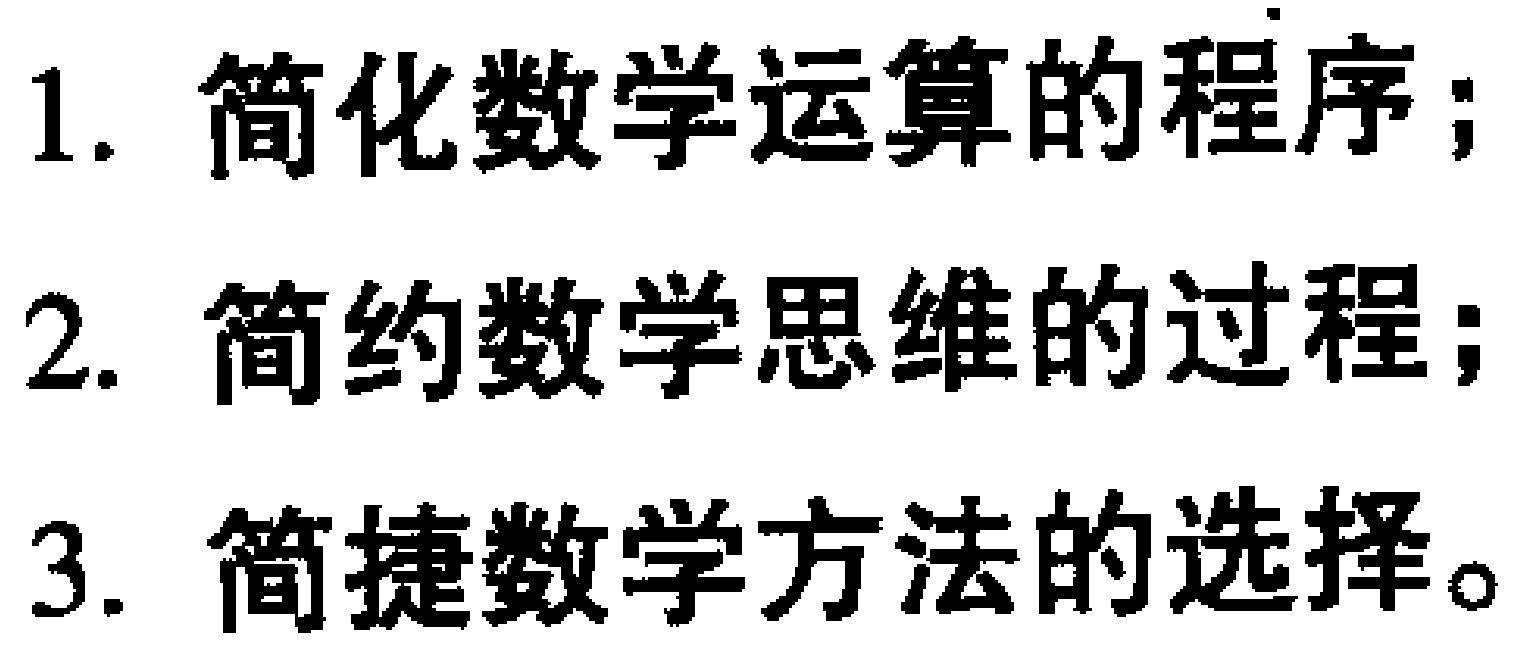
1. 简化数学运算的程序；

2. 简约数学思维的过程；

3. 简捷数学方法的选择。